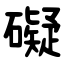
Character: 礙